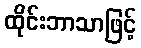
ထိုင်းဘာသာဖြင့်